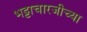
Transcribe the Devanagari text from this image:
भट्टाचारजीच्या